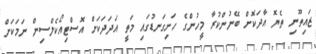
ޒައިތޫނި ތެޔޮ އާދަކޮށް ބޭނުންކުރާ މީހުންގެ ހަށިގަނޑުގައި މަތީ އަދަދަކަށް އޮސްޓިއޯކެލްސިން ނަމަކަށް